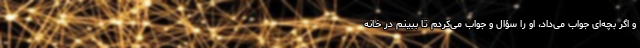
و اگر بچه‌ای جواب می‌داد، او را سؤال و جواب می‌کردم تا ببینم در خانه